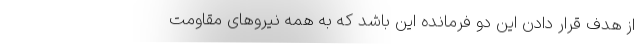
از هدف قرار دادن این دو فرمانده این باشد که به همه نیروهای مقاومت